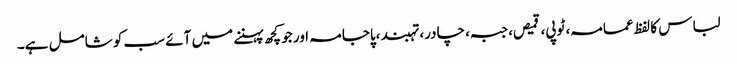
لباس کا لفظ عمامہ، ٹوپی، قمیص، جبہ، چادر، تہبند،پاجامہ اور جو کچھ پہننے میں آئے سب کو شامل ہے۔